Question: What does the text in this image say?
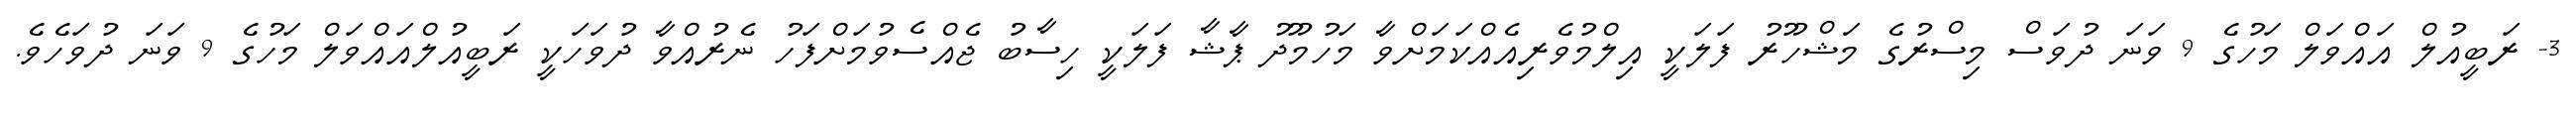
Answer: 3- ރަބީއުލް އައްވަލް މަހުގެ 9 ވަނަ ދުވަސް މިސްރުގެ މަޝްހޫރު ފަލަކީ އިލްމުވެރިއެއްކަމަށްވާ މަހުމޫދު ޕާޝާ ފަލަކީ ހިސާބު ޖެއްސެވުމަށްފަހު ނެރުއްވާ ދުވަހަކީ ރަބީއުލްއައްވަލް މަހުގެ 9 ވަނަ ދުވަހެވެ.